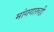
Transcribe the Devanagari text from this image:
मांगगारूडी